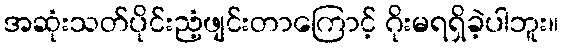
အဆုံးသတ်ပိုင်းညံ့ဖျင်းတာကြောင့် ဂိုးမရရှိခဲ့ပါဘူး။